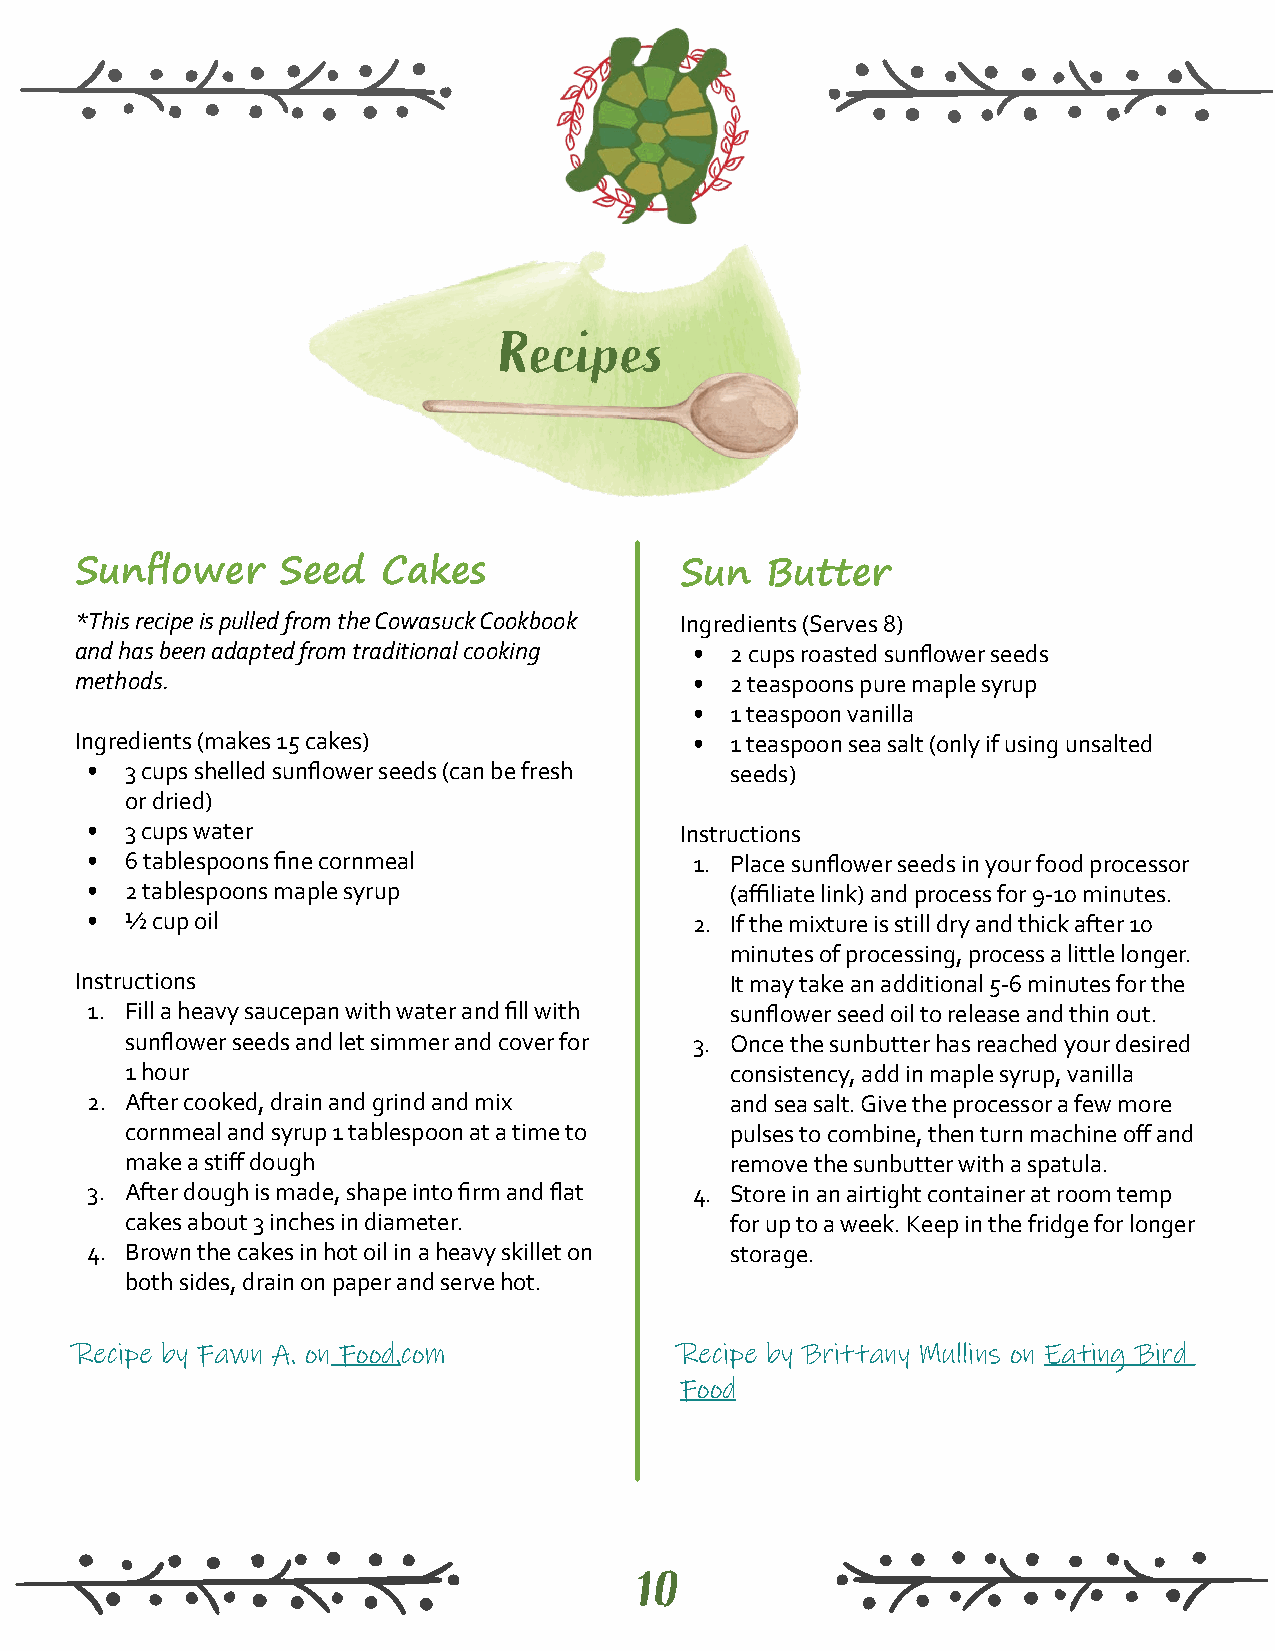
Recipes
 Sunflower    Seed   Cakes               Sun   Butter
 *This recipe is pulled from the Cowasuck Cookbook Ingredients (Serves 8)
 and has been adapted from traditional cooking • 2 cups roasted sunflower seeds
 methods.                                 • 2 teaspoons pure maple syrup
 • 1 teaspoon vanilla
 Ingredients (makes 15 cakes)             • 1 teaspoon sea salt (only if using unsalted
 • 3 cups shelled sunflower seeds (can be fresh seeds)
 or dried)
 • 3 cups water                         Instructions
 • 6 tablespoons fine cornmeal           1. Place sunflower seeds in your food processor
 • 2 tablespoons maple syrup               (affiliate link) and process for 9-10 minutes.
 • ½ cup oil                             2. If the mixture is still dry and thick after 10
 minutes of processing, process a little longer.
 Instructions                               It may take an additional 5-6 minutes for the
 1. Fill a heavy saucepan with water and fill with sunflower seed oil to release and thin out.
 sunflower seeds and let simmer and cover for 3. Once the sunbutter has reached your desired
 1 hour                                  consistency, add in maple syrup, vanilla
 2. After cooked, drain and grind and mix  and sea salt. Give the processor a few more
 cornmeal and syrup 1 tablespoon at a time to pulses to combine, then turn machine off and
 make a stiff dough                      remove the sunbutter with a spatula.
 3. After dough is made, shape into firm and flat 4. Store in an airtight container at room temp
 cakes about 3 inches in diameter.       for up to a week. Keep in the fridge for longer
 4. Brown the cakes in hot oil in a heavy skillet on storage.
 both sides, drain on paper and serve hot.
 Recipe by Fawn A. on Food.com           Recipe by Brittany Mullins on Eating Bird
 Food
 10